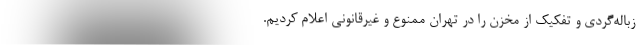
زباله‌گردی و تفکیک از مخزن را در تهران ممنوع و غیرقانونی اعلام کردیم.